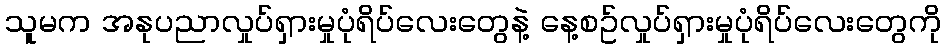
သူမက အနုပညာလှုပ်ရှားမှုပုံရိပ်လေးတွေနဲ့ နေ့စဥ်လှုပ်ရှားမှုပုံရိပ်လေးတွေကို